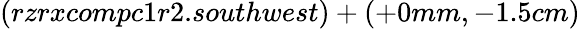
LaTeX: (rzrxcompc1r2.southwest)+(+0mm,-1.5cm)